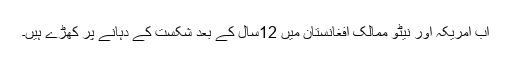
اب امریکہ اور نیٹو ممالک افغانستان میں 12سال کے بعد شکست کے دہانے پر کھڑے ہیں۔